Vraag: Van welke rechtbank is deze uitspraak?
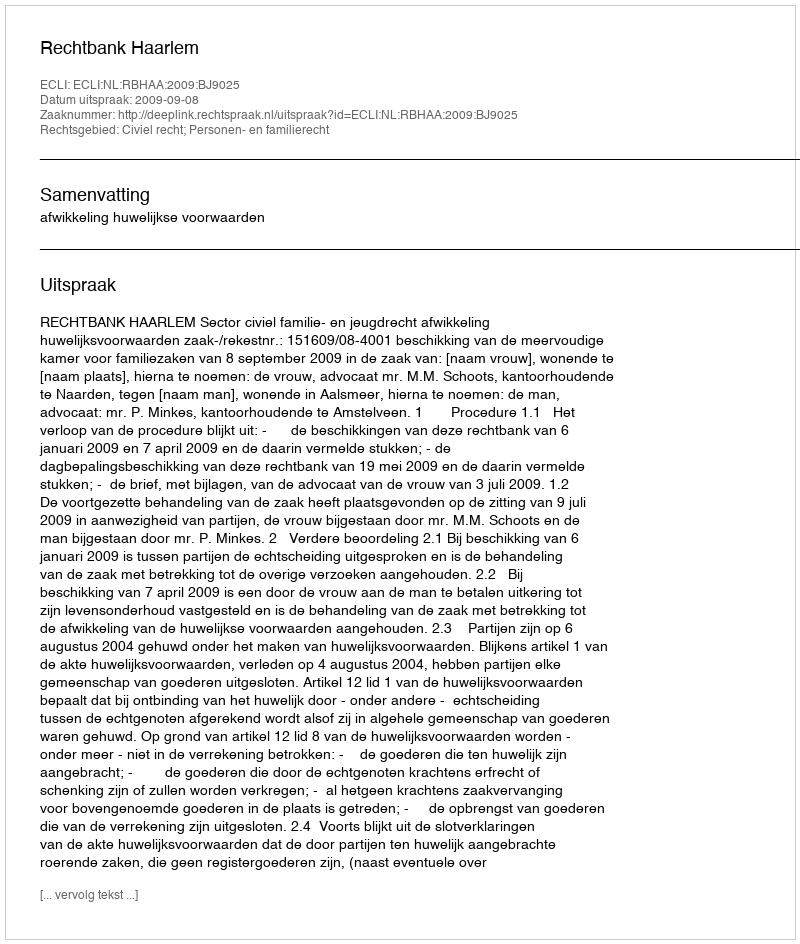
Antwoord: Rechtbank Haarlem